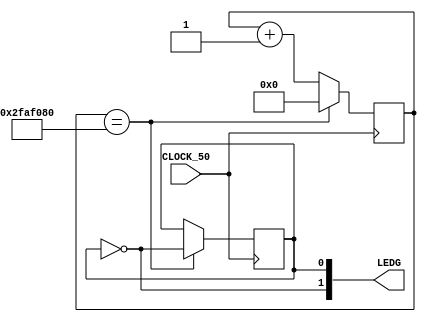
module piscaled(
	input CLOCK_50,
	output [1:0] LEDG
	);
	
	reg [32:0]contador=0;
	reg state;
	
	assign LEDG [0]=state;
	assign LEDG [1]=~state;
	
	always @(posedge CLOCK_50)
		begin
		if(contador==50000000)begin
			contador=0;
			state<=~state;
		end else begin 
			contador<= contador+1;
			end
		end
	endmodule